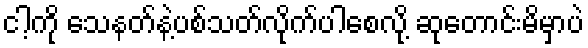
ငါ့ကို သေနတ်နဲ့ပစ်သတ်လိုက်ပါစေလို့ ဆုတောင်းမိမှာပဲ